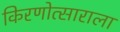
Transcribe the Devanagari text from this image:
किरणोत्साराला